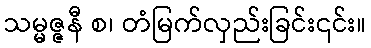
သမ္မဇ္ဇနီ စ၊ တံမြက်လှည်းခြင်း၎င်း။